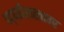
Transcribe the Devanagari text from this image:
पद्ध्तीशास्त्रावर